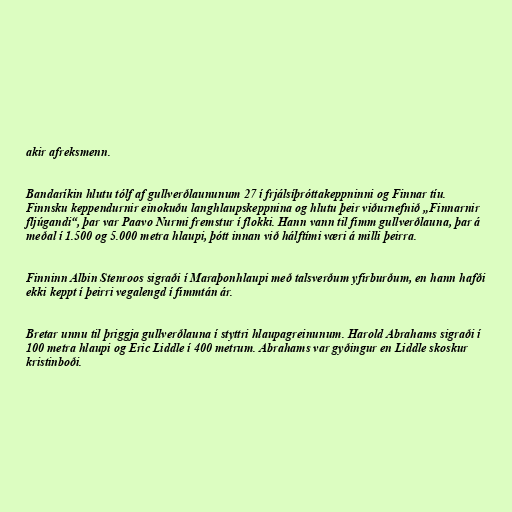
akir afreksmenn.

Bandaríkin hlutu tólf af gullverðlaununum 27 í frjálsíþróttakeppninni og Finnar tíu.
Finnsku keppendurnir einokuðu langhlaupskeppnina og hlutu þeir viðurnefnið „Finnarnir
fljúgandi“, þar var Paavo Nurmi fremstur í flokki. Hann vann til fimm gullverðlauna, þar á
meðal í 1.500 og 5.000 metra hlaupi, þótt innan við hálftími væri á milli þeirra.

Finninn Albin Stenroos sigraði í Maraþonhlaupi með talsverðum yfirburðum, en hann hafði
ekki keppt í þeirri vegalengd í fimmtán ár.

Bretar unnu til þriggja gullverðlauna í styttri hlaupagreinunum. Harold Abrahams sigraði í
100 metra hlaupi og Eric Liddle í 400 metrum. Abrahams var gyðingur en Liddle skoskur
kristinboði.